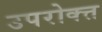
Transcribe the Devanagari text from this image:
उपरोक्त्त